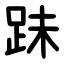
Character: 跊